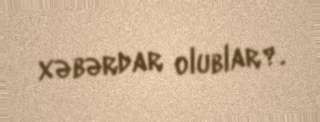
xəbərdar olublar?.